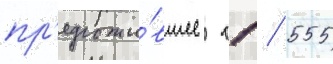
пр'едложи́вшее 11 / 555